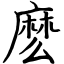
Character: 麽